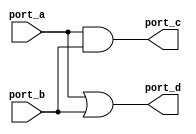
module OPR_NR_UEOP (port_a,port_b,port_c,port_d);
   input [3:0] port_a;
   input [1:0] port_b;
   output [3:0] port_c;
   output [3:0] port_d;
   reg [3:0] port_c;
   reg [3:0] port_d;
   always @(port_a or port_b)
   begin
      port_c = port_a & port_b;
      port_d = port_a | port_b;
   end
endmodule